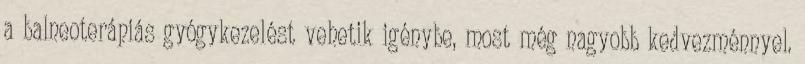
a balneoterápiás gyógykezelést vehetik igénybe, most még nagyobb kedvezménnyel.